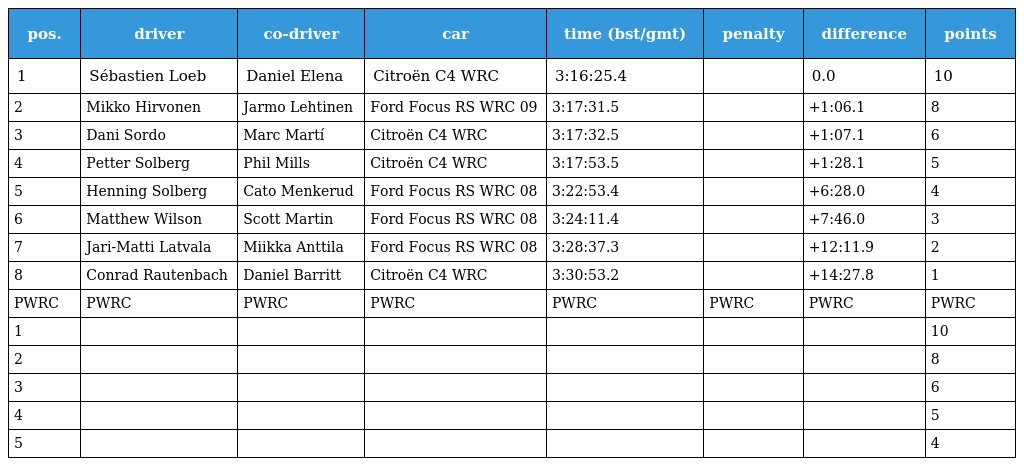
| pos. | driver | co-driver | car | time (bst/gmt) | penalty | difference | points |
 | --- | --- | --- | --- | --- | --- | --- | --- |
 | 1 | Sébastien Loeb | Daniel Elena | Citroën C4 WRC | 3:16:25.4 |  | 0.0 | 10 |
 | 2 | Mikko Hirvonen | Jarmo Lehtinen | Ford Focus RS WRC 09 | 3:17:31.5 |  | +1:06.1 | 8 |
 | 3 | Dani Sordo | Marc Martí | Citroën C4 WRC | 3:17:32.5 |  | +1:07.1 | 6 |
 | 4 | Petter Solberg | Phil Mills | Citroën C4 WRC | 3:17:53.5 |  | +1:28.1 | 5 |
 | 5 | Henning Solberg | Cato Menkerud | Ford Focus RS WRC 08 | 3:22:53.4 |  | +6:28.0 | 4 |
 | 6 | Matthew Wilson | Scott Martin | Ford Focus RS WRC 08 | 3:24:11.4 |  | +7:46.0 | 3 |
 | 7 | Jari-Matti Latvala | Miikka Anttila | Ford Focus RS WRC 08 | 3:28:37.3 |  | +12:11.9 | 2 |
 | 8 | Conrad Rautenbach | Daniel Barritt | Citroën C4 WRC | 3:30:53.2 |  | +14:27.8 | 1 |
 | PWRC | PWRC | PWRC | PWRC | PWRC | PWRC | PWRC | PWRC |
 | 1 |  |  |  |  |  |  | 10 |
 | 2 |  |  |  |  |  |  | 8 |
 | 3 |  |  |  |  |  |  | 6 |
 | 4 |  |  |  |  |  |  | 5 |
 | 5 |  |  |  |  |  |  | 4 |